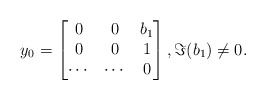
\begin{align*}y_0=\begin{bmatrix}0&0&b_1 \\0 & 0&1\\ \cdots&\cdots& 0\end{bmatrix}, \Im(b_1)\neq 0.\end{align*}